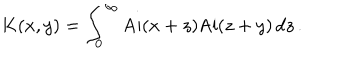
LaTeX: K ( x , y ) = \int _ { 0 } ^ { \infty } \mathrm { A i } ( x + z ) \mathrm { A i } ( z + y ) \, d z \, .